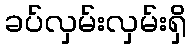
ခပ်လှမ်းလှမ်းရှိ